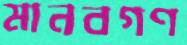
মানবগণ